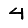
Digit: 4